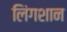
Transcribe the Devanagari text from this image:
लिंगशान